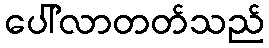
ပေါ်လာတတ်သည်